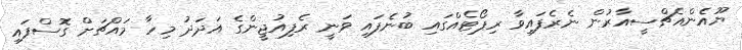
ޔޫއެންއެޗްސީއާރުން ނެރެފައިވާ ރިޕޯޓެއްގައި ބުނެފައި ވަނީ ރެފިއުޖީންގެ އަދަދު މިހާ މައްޗަށް ގޮސްފައި